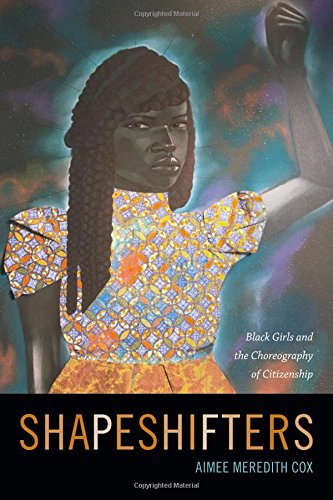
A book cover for Shapeshifters: Black Girls and the Choreography of Citizenship; Aimee Meredith Cox; Politics & Social Sciences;